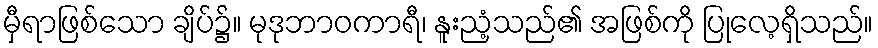
မှီရာဖြစ်သော ချိပ်၌။ မုဒုဘာဝကာရီ၊ နူးညံ့သည်၏ အဖြစ်ကို ပြုလေ့ရှိသည်။